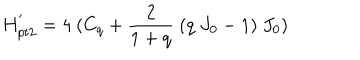
H _ { p t 2 } ^ { ^ { \prime } } = 4 \ ( C _ { q } + \frac { 2 } { 1 + q } \ ( q \ J _ { 0 } - 1 ) \ J _ { 0 } )